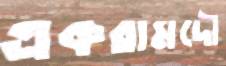
একরামদৌ